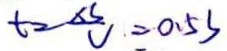
t = \frac { \Delta s } { V } = 0 . 5 s